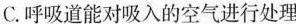
C.呼吸道能对吸入的空气进行处理